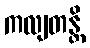
ကလျတန္တိ